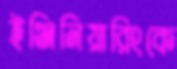
ইঞ্জিনিয়ারিংকে